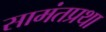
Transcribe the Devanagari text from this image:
सामंतप्रथा